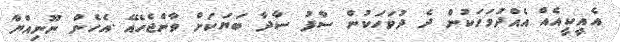
އެއީކީއެއް އެއްދުވަހަކުން ދެ ދުވަހަކުން ސާފު ސާދާ ބަޔަކަށް ވާންޖެހެއޭ .އެހެން ނޫނިއްޔާ